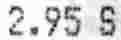
2.95 S